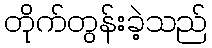
တိုက်တွန်းခဲ့သည်